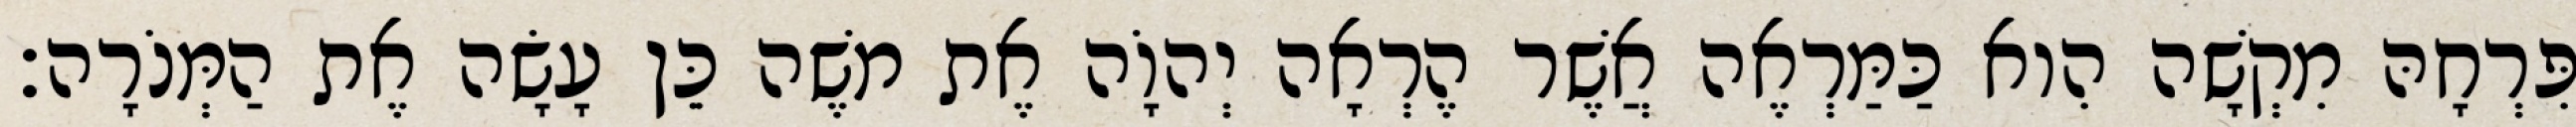
פִּרְחָהּ מִקְשָׁה הִוא כַּמַּרְאֶה אֲשֶׁר הֶרְאָה יְהוָֹה אֶת משֶׁה כֵּן עָשָׂה אֶת הַמְּנֹרָה׃